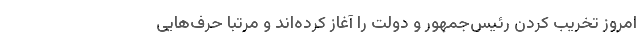
امروز تخریب کردن رئیس‌جمهور و دولت را آغاز کرده‌اند و مرتباً حرف‌هایی